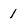
Character: 1